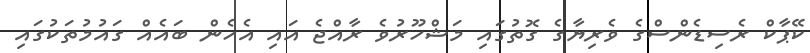
ކޭޕާކް ރެސިޑެންސްގެ ވެރިޔާގެ ގޮތުގައި މަޝްހޫރުވެ ރާއްޖެ އައި އެހެން ބައެއް ގައުމުތަކުގައި